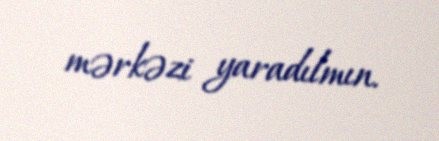
mərkəzi yaradılmın.